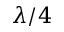
\lambda / 4